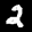
Label: 2